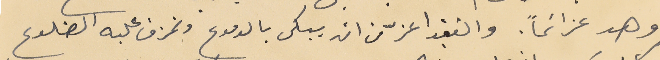
وهد عزائماً. والفقيد اعزّ من ان يبكى بالدموع وتمزق عليه الضلوع